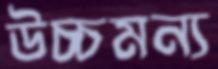
উচ্চমন্য